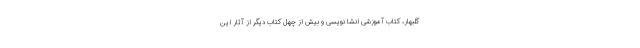
گلبهار، کتاب آموزشی انشا نویسی و بیش از چهل کتاب دیگر از آثار این